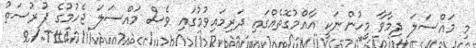
މި މައްސަލަ ދިމާވާ މީހުންނަކީ އާއްމުގޮތެއްގައި ދަރިމައިވުމުގައި ވެސް މައްސަލަ ޖެހުމުގެ ފުރުސަތު